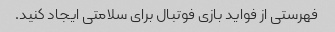
فهرستی از فواید بازی فوتبال برای سلامتی ایجاد کنید.